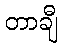
တာချီ